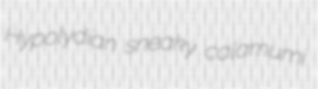
Hypolydian sneaky calamumi